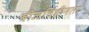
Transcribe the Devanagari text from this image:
बीजविहीनता